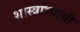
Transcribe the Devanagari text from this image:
शास्त्राभ्यासी